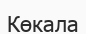
Көкала